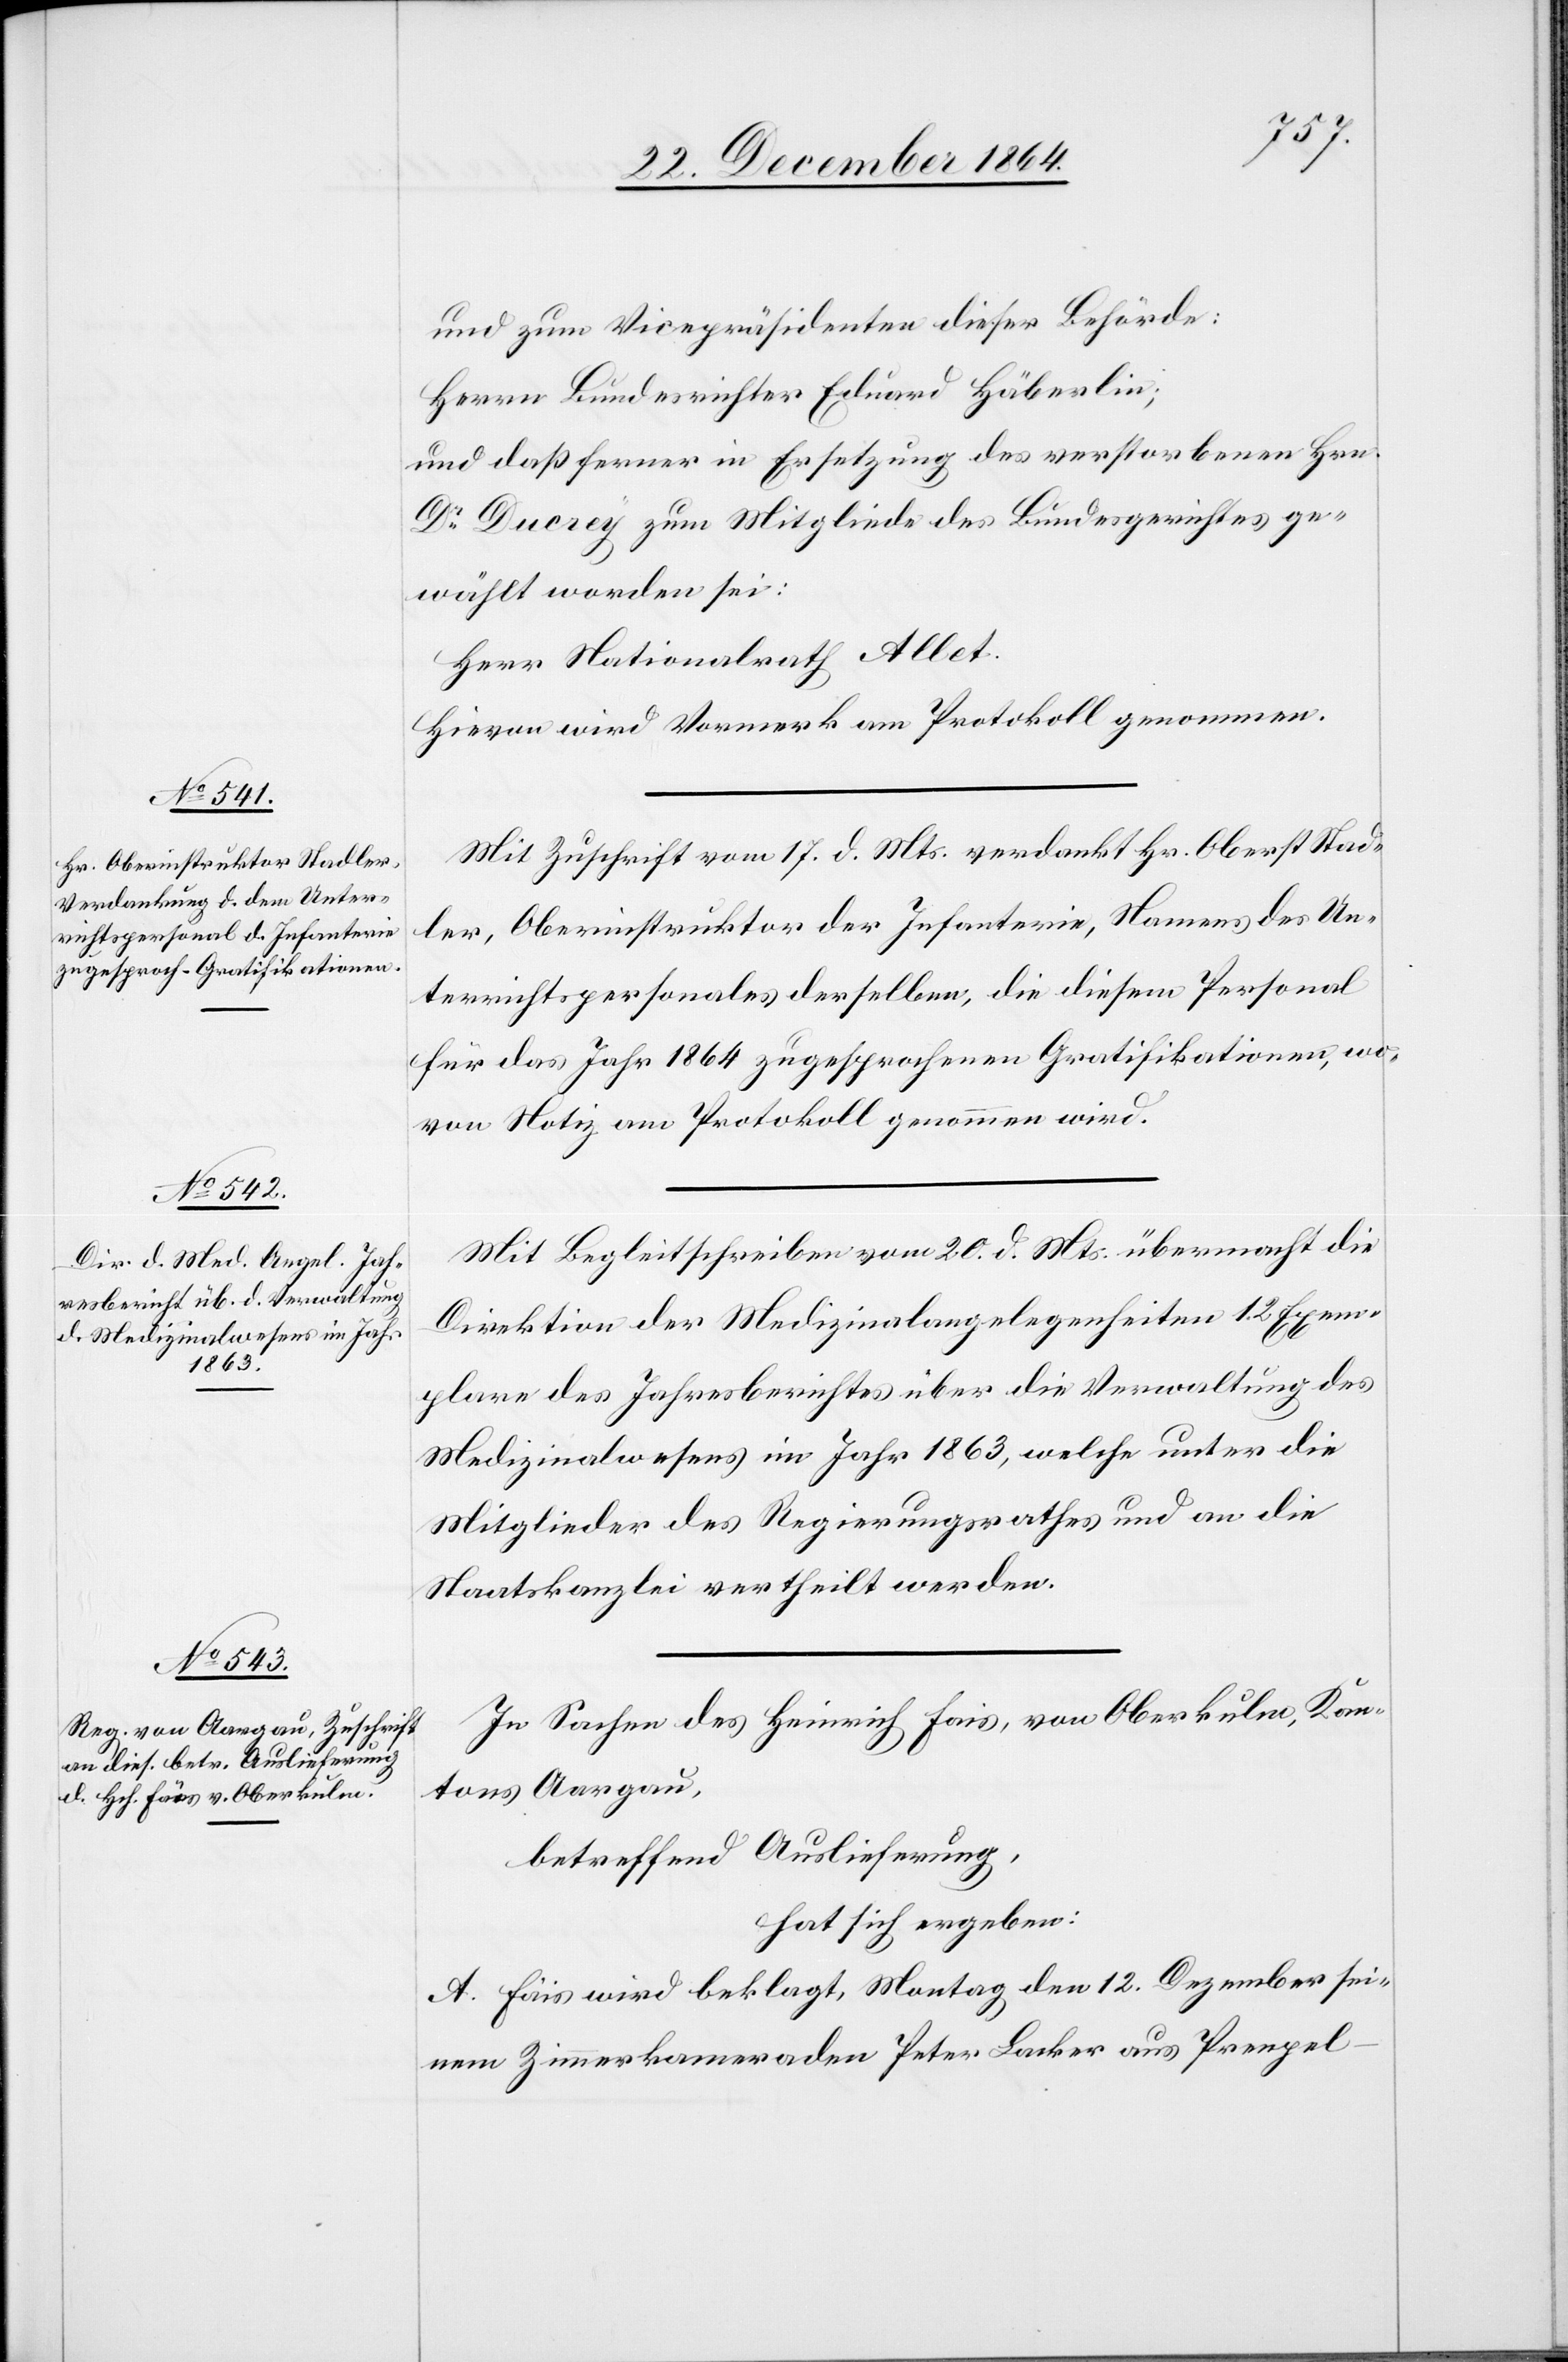
und zum Vicepräsidenten dieser Behörde:
Herrn Bundesrichter Eduard Häberlin;
und daß ferner in Ersetzung des verstorbenen Hrn.
Dr Ducrey zum Mitgliede des Bundesgerichtes ge¬
wählt worden sei:
Herr Nationalrath Allet.
Hievon wird Vormerk am Protokoll genommen.
Mit Zuschrift vom 17. d. Mts. verdankt Hr. Oberst Stad¬
ler, Oberinstruktor der Infanterie, Namens des Un¬
terrichtspersonales derselben, die diesem Personal
für das Jahr 1864 zugesprochenen Gratifikationen, wo¬
von Notiz am Protokoll genommen wird.
Mit Begleitschreiben vom 20. d. Mts. übermacht die
Direktion der Medizinalangelegenheiten 12 Exem¬
plare des Jahresberichtes über die Verwaltung des
Medizinalwesens im Jahr 1863, welche unter die
Mitglieder des Regierungsrathes und an die
Staatskanzlei vertheilt werden.
In Sachen des Heinrich Fais [sic!], von Oberkulm, Kan¬
tons Aargau,
betreffend Auslieferung,
hat sich ergeben:
A. Fäis [sic!] wird beklagt, Montag den 12. Dezember sei¬
nem Zimmerkameraden Peter Lacker aus Prenpel